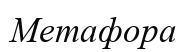
Метафора